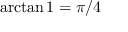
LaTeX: \arctan 1 = \pi / 4